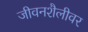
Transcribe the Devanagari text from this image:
जीवनशैलीवर